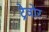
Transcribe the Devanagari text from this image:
ट्रेवोर